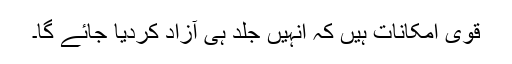
قوی امکانات ہیں کہ اُنہیں جلد ہی آزاد کردیا جائے گا۔